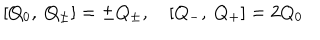
[ Q _ { 0 } , \ Q _ { \pm } ] = \pm Q _ { \pm } , \quad [ Q _ { - } , \ Q _ { + } ] = 2 Q _ { 0 }